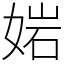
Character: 㛧